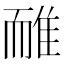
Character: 𨾿